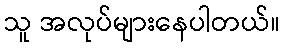
သူ အလုပ်များနေပါတယ်။